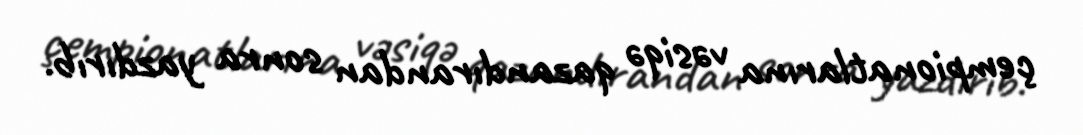
çempionatlarına vəsiqə qazandırandan sonra yazdırıb.